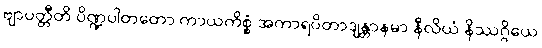
ဗျာပတ္တီတိ ပိဏ္ဍပါတတော ကာယကိစ္စံ အကာရပိတာဒျန္တာနမာ နီလိယံ နိဿဂ္ဂိယေ